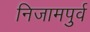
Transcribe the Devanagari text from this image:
निजामपुर्व